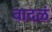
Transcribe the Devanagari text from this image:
वादळं